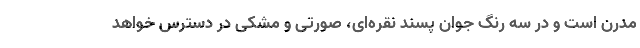
مُدرن است و در سه رنگ جوان پسند نقره‌ای، صورتی و مشکی در دسترس خواهد